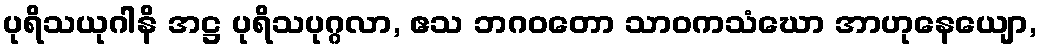
ပုရိသယုဂါနိ အဋ္ဌ ပုရိသပုဂ္ဂလာ, ဧသ ဘဂဝတော သာဝကသံဃော အာဟုနေယျော,